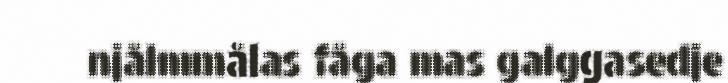
njålmmålas fåga mas galggasedje